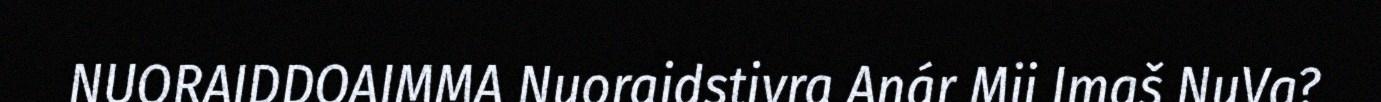
NUORAIDDOAIMMA Nuoraidstivra Anár Mii Imaš NuVa?